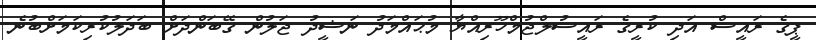
ޕީގެ ރައީސް އަދި ކުރީގެ ރައީސުލްޖުމްހޫރިއްޔާ މުޙައްމަދު ނަޝީދު ޖަލުން ގޭބަންދަށް ބަދަލުކުރިކަމަށްބުނެ